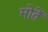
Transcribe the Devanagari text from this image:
मोतें